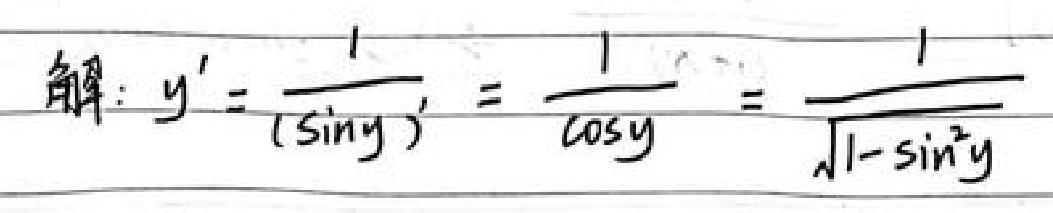
解：$y'=\frac{1}{(\sin y)'} = \frac{1}{\cos y}=\frac{1}{\sqrt{1 - \sin^{2}y}}$